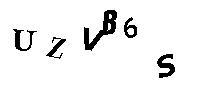
UZVB6S